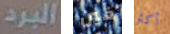
البرد فين أكثر